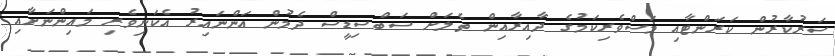
ސަރުކާރުން ކަރަންޓާއި މަސްވެރިކަމުގެ ދާއިރާއިން ތެލަށް ސަބްސިޑީސް ދެމުން އަންނައިރު އެކަނިވެރި މައިންނަށާއި